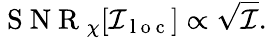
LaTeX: \mathrm{~S~N~R~}_{\chi}[\mathcal{I}_{\mathrm{~l~o~c~}}]\propto\sqrt{\mathcal{I}}.